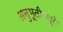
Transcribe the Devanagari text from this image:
अनुभूतीमध्ये